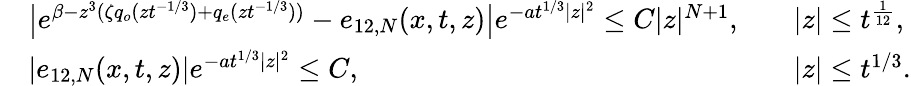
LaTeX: \begin{array}{rlrl}&{\big|e^{\beta-z^{3}(\zeta q_{o}(zt^{-1/3})+q_{e}(zt^{-1/3}))}-e_{12,N}(x,t,z)\big|e^{-at^{1/3}|z|^{2}}\leq C|z|^{N+1},}&&{|z|\leq t^{\frac{1}{12}},}\\ &{|e_{12,N}(x,t,z)|e^{-at^{1/3}|z|^{2}}\leq C,}&&{|z|\leq t^{1/3}.}\end{array}